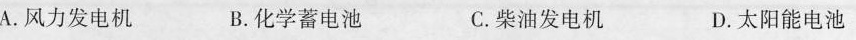
A.风力发电机 B.化学蓄电池 C.柴油发电机 D.太阳能电池